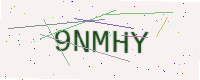
Text: 9NMHY